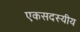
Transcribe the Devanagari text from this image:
एकसदस्यीय